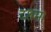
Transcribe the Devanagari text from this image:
दशम।